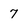
Character: 7